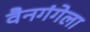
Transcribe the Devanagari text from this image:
वैनगंगेला